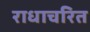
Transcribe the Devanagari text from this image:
राधाचरित